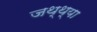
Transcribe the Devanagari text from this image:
जथ्थ्या